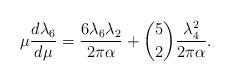
LaTeX: \begin{align*}\mu{d\lambda_6\over d\mu} = {6 \lambda_6 \lambda_2\over 2\pi\alpha} + {5\choose 2} {\lambda_4^2\over 2\pi\alpha}.\end{align*}